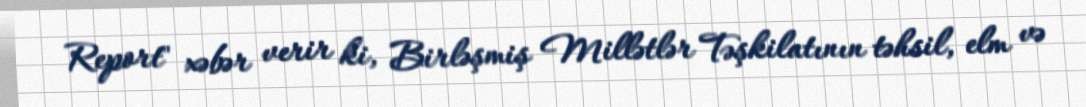
Report" xəbər verir ki, Birləşmiş Millətlər Təşkilatının təhsil, elm və